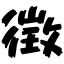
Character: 徴